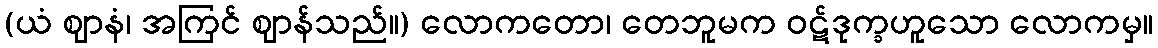
(ယံ ဈာနံ၊ အကြင် ဈာန်သည်။) လောကတော၊ တေဘူမက ဝဋ်ဒုက္ခဟူသော လောကမှ။